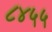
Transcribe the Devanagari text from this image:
८४५५